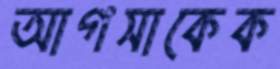
আগসাকেক